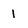
Character: 1